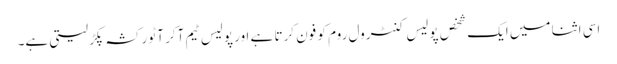
اسی اثنا میں ایک شخص پولیس کنٹرول روم کو فون کرتا ہے اور پولیس ٹیم آکر آٹو رکشہ پکڑ لیتی ہے۔